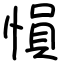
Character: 愪